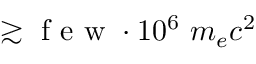
\gtrsim \mathrm { ~ f ~ e ~ w ~ } \cdot 1 0 ^ { 6 } ~ m _ { e } c ^ { 2 }